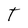
Character: T